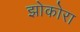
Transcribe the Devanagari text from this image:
झोकोरा